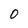
Character: 0